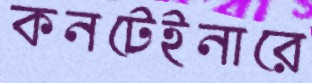
কনটেইনারে